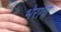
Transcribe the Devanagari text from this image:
भेराच